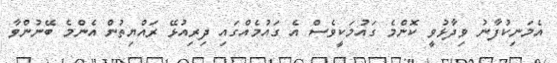
އެމަނިކުފާނު ވިދާޅުވީ ކޮންމެ ގައުމަކީވެސް އެ ގައުމެއްގައި ދިރިއުޅޭ ރައްޔިތުން އެންމެ ބޭނުންވާ